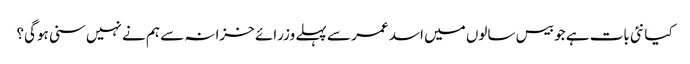
کیا نئی بات ہے جو بیس سالوں میں اسد عمر سے پہلے وزرائے خزانہ سے ہم نے نہیں سنی ہوگی؟